Medical and sanitary report of the native army of Madras for the year
Year: 1878
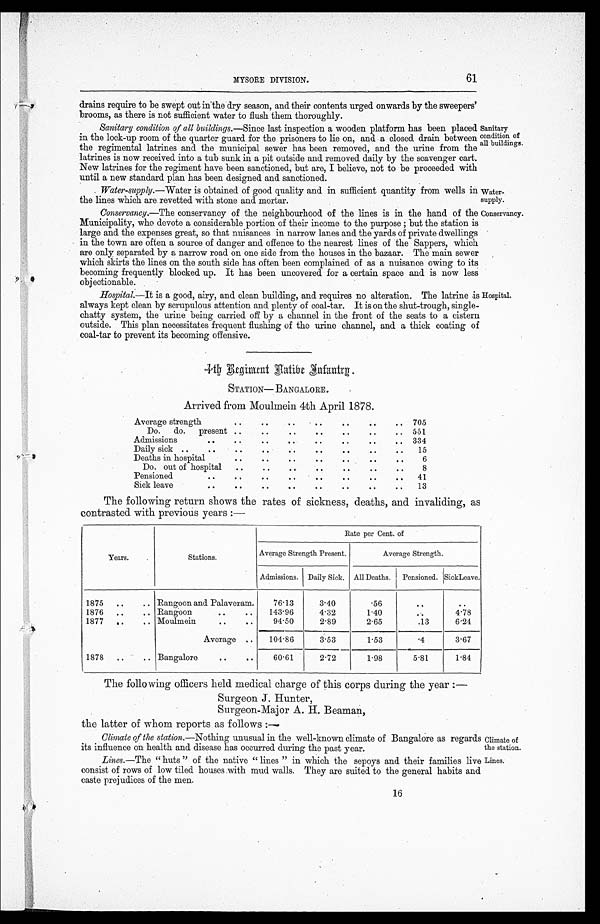
Water-
supply.
Conservancy.
Climate of
the station.
Lines.
MYSORE DIVISION.
61
drains require to be swept out in the dry season, and their contents urged onwards by the sweepers'
brooms, as there is not sufficient water to flush them thoroughly.
Sanitary condition of all buildings. —Since last inspection a wooden platform has been placed
in the lock-up room of the quarter guard for the prisoners to lie on, and a closed drain between
the regimental latrines and the municipal sewer has been removed, and the urine from the
latrines is now received into a tub sunk in a pit outside and removed daily by the scavenger cart.
New latrines for the regiment have been sanctioned, but are, I believe, not to be proceeded with
until a new standard plan has been designed and sanctioned.
. Water-supply.
— W a t e r
is obtained of good quality and in sufficient quantity from wells in
the lines which are revetted with stone and mortar.
Conservancy.—The conservancy of the neighbourhood of the lines is in the hand of the
Municipality, who devote a considerable portion of their income to the purpose ; but the station is
large and the expenses great, so that nuisances in narrow lanes and the yards of private dwellings
in the town are often a source of danger and offence to the nearest lines of the Sappers, which
are only separated by a narrow road on one side from the houses in the bazaar. The main sewex
which skirts the lines on the south side has often been complained of as a nuisance owing to its
becoming frequently blocked up. It has been uncovered for a certain space and is now less
objectionable.
Sanitary
condition of
all buildings.
Hospital. —It is a good, airy, and clean building, and requires no alteration. The latrine is
always kept clean by scrupulous attention and plenty of coal-tar. It is on the shut-trough, single-
chatty system, the urine being carried off by a channel in the front of the seats to a cistern
outside. This plan necessitates frequent flushing of the urine channel, and a thick coating of
coal-tar to prevent its becoming offensive.
Hospital.
4th Regiment Hatibe Infantry.
STATION— BANGALORE.
Arrived from Moulmein 4th April 1878.
Average strength
..
..
..
..
..
..
.. 705
Do. do. present ..
..
..
..
..
..
.. 551
Admissions
..
..
..
..
..
..
..
.. 334
Daily sick ..
..
.. ..
..
..
.. ..
..
15
Deaths in hospital
..
..
..
..
..
..
..
6
Do. out of hospital ..
..
.. ..
..
..
..
8
Pensioned
..
..
..
..
..
..
..
..
41
Sick leave
..
..
..
..
..
..
..
..
13
The following return shows the rates of sickness, deaths, and invaliding, as
contrasted with previous years :—
Years.
Stations.
Rate per Cent. of
Average Strength Present.
Average Strength.
Admissions. Daily Sick. All Deaths. Pensioned. SickLeave.
1875 ..
.. Rangoon and Palaveram.
76.13
3.40
.56
..
..
1876 ..
.. Rangoon
..
..
143.96
4.32
1.40
..
4.78
1877
.. .. Moulmein
..
..
94.50
2.89
2.65
.13
6.24
Average ..
104.86
3.53
1.53
.4
3.67
1878
...
.. Bangalore
..
..
60.61
2.72
1.98
5.81
1.84
The following officers held medical charge of this corps during the year :—
Surgeon J. Hunter,
Surgeon-Major A. H. Beaman,
the latter of whom reports as follows :—
Climate of the station. —Nothing unusual in the well-known climate of Bangalore as regards
its influence on health and disease has occurred during the past year.
Lines. —The " huts " of the native " lines " in which the sepoys and their families live
consist of rows of low tiled houses with mud walls. They are suited to the general habits and
caste prejudices of the men.
16